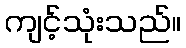
ကျင့်သုံးသည်။